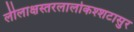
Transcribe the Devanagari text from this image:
लीलाक्षस्तरलालोकश्शटासुर